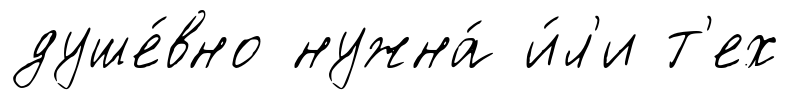
душе́вно нужна́ и́л'и т'ех